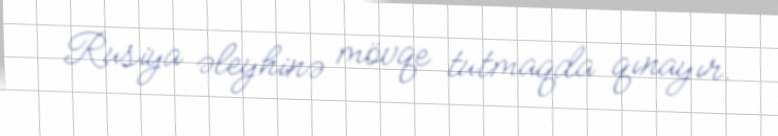
Rusiya əleyhinə mövqe tutmaqda qınayır.